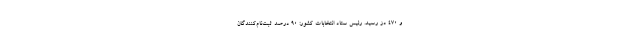
و ۴۷۰ دُز رسید. رئیس ستاد انتخابات کشور: 90 درصد ثبت‌نام‌کنندگان